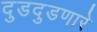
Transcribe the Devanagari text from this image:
दुडदुडणारे